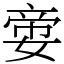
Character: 㛳